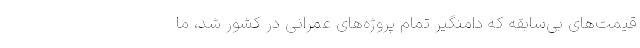
قیمت‌های بی‌سابقه که دامنگیر تمام پروژه‌های عمرانی در کشور شد، ما